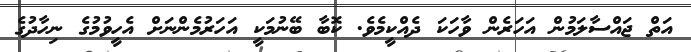
އަތް ޖައްސާލަމުން އަހަރެން ވާހަކަ ދެއްކީމެވެ. ކޮބާ ބޭނުމަކީ އަހަރުމެންނަށް އެހީވުމުގެ ނިހާދުގެ